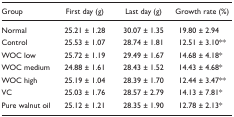
| Group | First day (g) | Last day (g) | Growth rate (%) |
 | --- | --- | --- | --- |
 | Normal | 25.21 ± 1.28 | 30.07 ± 1.35 | 19.80 ± 2.94 |
 | Control | 25.53 ± 1.07 | 28.74 ± 1.81 | 12.51 ± 3.10** |
 | WOC low | 25.72 ± 1.19 | 29.49 ± 1.67 | 14.68 ± 4.18* |
 | WOC medium | 24.88 ± 1.61 | 28.43 ± 1.52 | 14.43 ± 4.68* |
 | WOC high | 25.19 ± 1.04 | 28.39 ± 1.70 | 12.44 ± 3.47** |
 | VC | 25.03 ± 1.76 | 28.57 ± 2.79 | 14.13 ± 7.81* |
 | Pure walnut oil | 25.12 ± 1.21 | 28.35 ± 1.90 | 12.78 ± 2.13* |